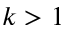
k > 1